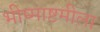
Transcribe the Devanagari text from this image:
भीष्माष्टमीला